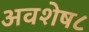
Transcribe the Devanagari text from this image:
अवशेष८